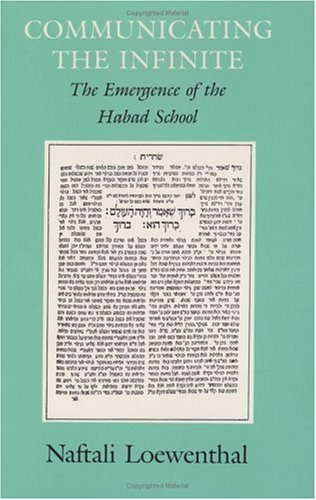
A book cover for Communicating the Infinite: The Emergence of the Habad School; Naftali Loewenthal; Religion & Spirituality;